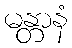
မန္တာနံ